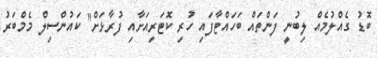
ބޮޑު ގެއްލުމެއް ލިބުނީ ފަންތައް ބަހައްޓާފައި ހުރި ކޮޓަރިއަށާއި ފުރާޅަށް" ކައުންސިލް މެމްބަރު